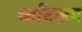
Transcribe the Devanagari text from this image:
शाधिनता